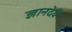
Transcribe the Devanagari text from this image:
ज्ञानदेवें